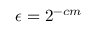
\epsilon = 2 ^ { - c m }